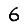
Digit: 6